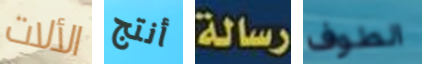
الألات أنتج رسالة الطوف